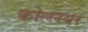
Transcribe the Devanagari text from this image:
कोल्लयर